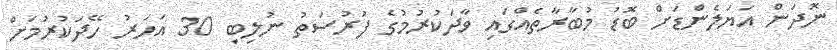
ނޮދަން އަޔަލެންޑަށް ބޮޑު މުބާރާތެއްގައި ވާދަކުރުމުގެ ފުރުސަތު ނުލިބި 30 އަހަރު ހޭދަކުރުމަށް